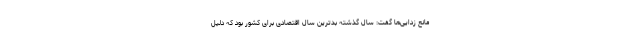
مانع زدایی‌ها گفت: سال گذشته بدترین سال اقتصادی برای کشور بود که دلیل